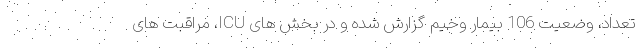
تعداد، وضعیت 106 بیمار وخیم گزارش شده و در بخش های ICU، مراقبت های